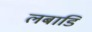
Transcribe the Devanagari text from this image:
लबाडि